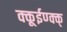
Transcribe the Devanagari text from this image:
क्कूईण्क्क्